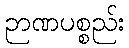
ဉာဏပစ္စည်း